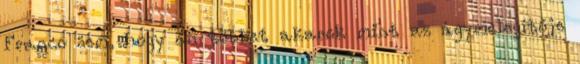
Franco sem, hogy én többet akarok mint az ágymelegítője